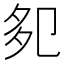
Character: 𭅹